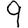
Digit: 9